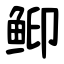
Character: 䲟